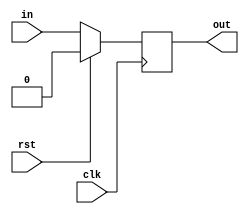
`timescale 1ns / 1ps
//////////////////////////////////////////////////////////////////////////////////
// Company: 
// Engineer: 
// 
// Design Name: 
// Module Name: flipflop
// Project Name: 
// Target Devices: 
// Tool Versions: 
// Description: 
// 
// Dependencies: 
// 
// Revision:
// Revision 0.01 - File Created
// Additional Comments:
// 
//////////////////////////////////////////////////////////////////////////////////


module flipflop #(parameter WIDTH = 1)(
    input clk,rst,
    input [WIDTH-1:0] in,
    output reg [WIDTH-1:0] out
    );
    always @ (posedge clk)
    begin
        if (rst)
            out <= {WIDTH{1'b0}};
        else
            out <= in;
    end
endmodule